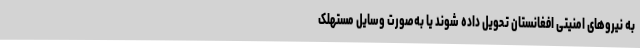
به نیرو‌های امنیتی افغانستان تحویل داده شوند یا به‌صورت وسایل مستهلک